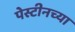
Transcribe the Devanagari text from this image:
पेस्टीनच्या